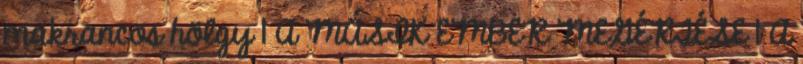
makrancos hölgy 1 A MÁSIK EMBER MEGÉRTÉSE 1 A